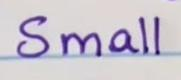
Small